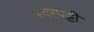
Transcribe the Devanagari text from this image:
स्वरपट्टी